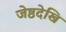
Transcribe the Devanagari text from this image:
जेष्ठदेखि